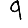
Digit: 9